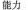
能力